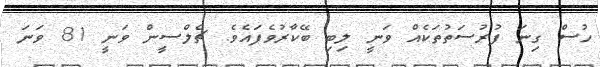
ހުސް ގިނަ ފުރުސަތުތަކެއް ވަނީ ލިބި ބޭކާރުވެފައެވެ. ޗެލްސީން ވަނީ 81 ވަނަ